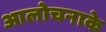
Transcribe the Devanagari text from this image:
आलोचनाके